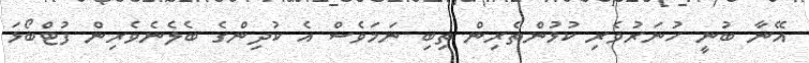
އޭނާ ބުނީ ހުނަރުވެރި ކުޅުންތެރިން ތިބި ނަމަވެސް އެ ކުދިންގެ ބެލެނެވެރިން ފުޓްބޯޅަ